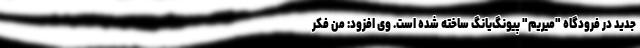
جدید در فرودگاه "میریم" پیونگ‌یانگ ساخته شده است. وی افزود: من فکر